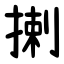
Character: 揦